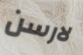
لارسن